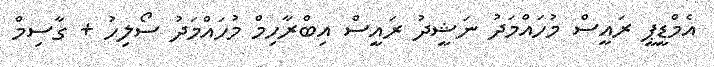
އެމްޑީޕީ ރައީސް މުހައްމަދު ނަޝީދު ރައީސް އިބްރާހިމް މުހައްމަދު ސޯލިހު + ގާސިމް